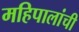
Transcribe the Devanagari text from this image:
महिपालांची